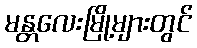
မန္တလေးမြို့များတွင်